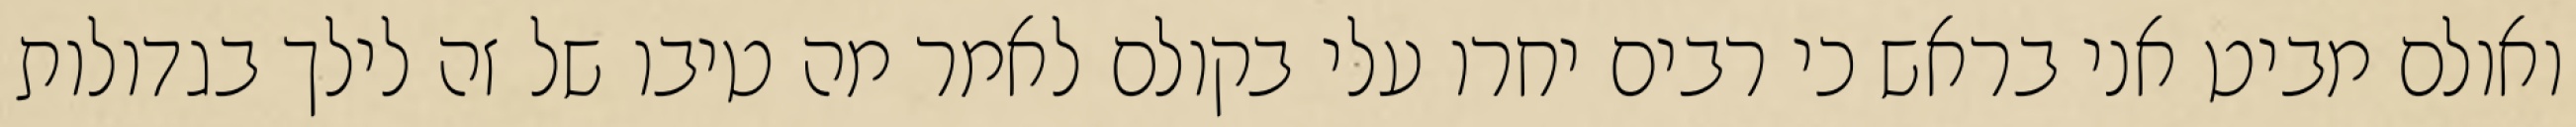
ואולם מביט אני בראש כי רבים יחרו עלי בקולם לאמר מה טיבו של זה לילך בגדולות